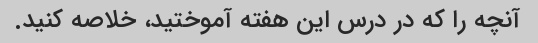
آنچه را که در درس این هفته آموختید، خلاصه کنید.